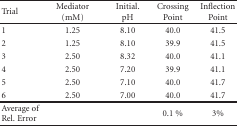
| Trial | Mediator (mM) | Initial.pH | Crossing Point | InflectionPoint |
 | --- | --- | --- | --- | --- |
 | 1 | 1.25 | 8.10 | 40.0 | 41.5 |
 | 2 | 1.25 | 8.10 | 39.9 | 41.5 |
 | 3 | 2.50 | 8.32 | 40.0 | 41.1 |
 | 4 | 2.50 | 7.20 | 39.9 | 41.1 |
 | 5 | 2.50 | 7.10 | 40.0 | 41.7 |
 | 6 | 2.50 | 7.00 | 40.0 | 41.7 |
 | Average of Rel. Error |  |  | 0.1 % | 3% |